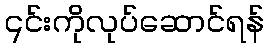
၎င်းကိုလုပ်ဆောင်ရန်